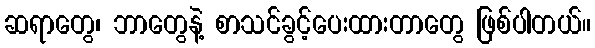
ဆရာတွေ၊ ဘာတွေနဲ့ စာသင်ခွင့်ပေးထားတာတွေ ဖြစ်ပါတယ်။